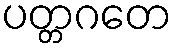
ပတ္တဂတေ